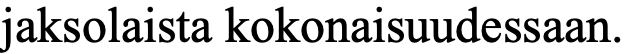
jaksolaista kokonaisuudessaan.